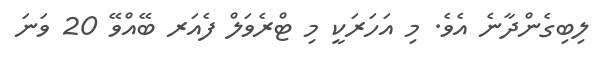
ލިބިގެންދާނެ އެވެ. މި އަހަރަކީ މި ޓްރެވަލް ފެއަރ ބޭއްވޭ 20 ވަނަ